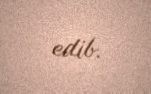
edib.